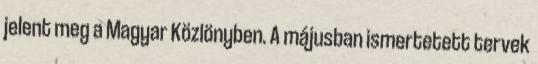
jelent meg a Magyar Közlönyben. A májusban ismertetett tervek